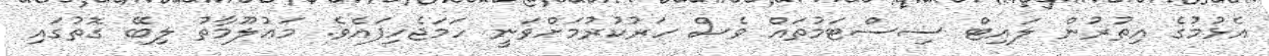
އެޅުމުގެ އިތުރުން ލައިޓް ސިސްޓަމުތައް ވެސް ހަރުކުރުމަށްވަނީ ހަމަޖެހިފައެވެ. މަޢުލޫމާތު ލިބޭ ގޮތުގައި